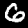
Digit: 6